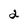
Character: 2